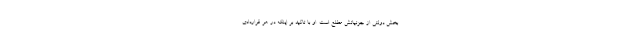
بخش دولتی از جزئیاتش مطلع است. او با تاکید بر اینکه در هر قراردادی